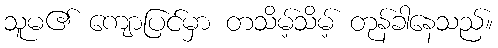
သူမ၏ ကျောပြင်မှာ တသိမ့်သိမ့် တုန်ခါနေသည်။